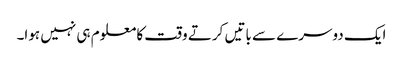
ایک دوسرے سے باتیں کرتے وقت کا معلوم ہی نہیں ہوا۔